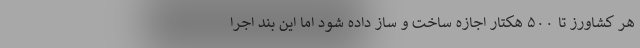
هر کشاورز تا ۵۰۰ هکتار اجازه ساخت و ساز داده شود اما این بند اجرا